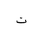
Letter: _ta